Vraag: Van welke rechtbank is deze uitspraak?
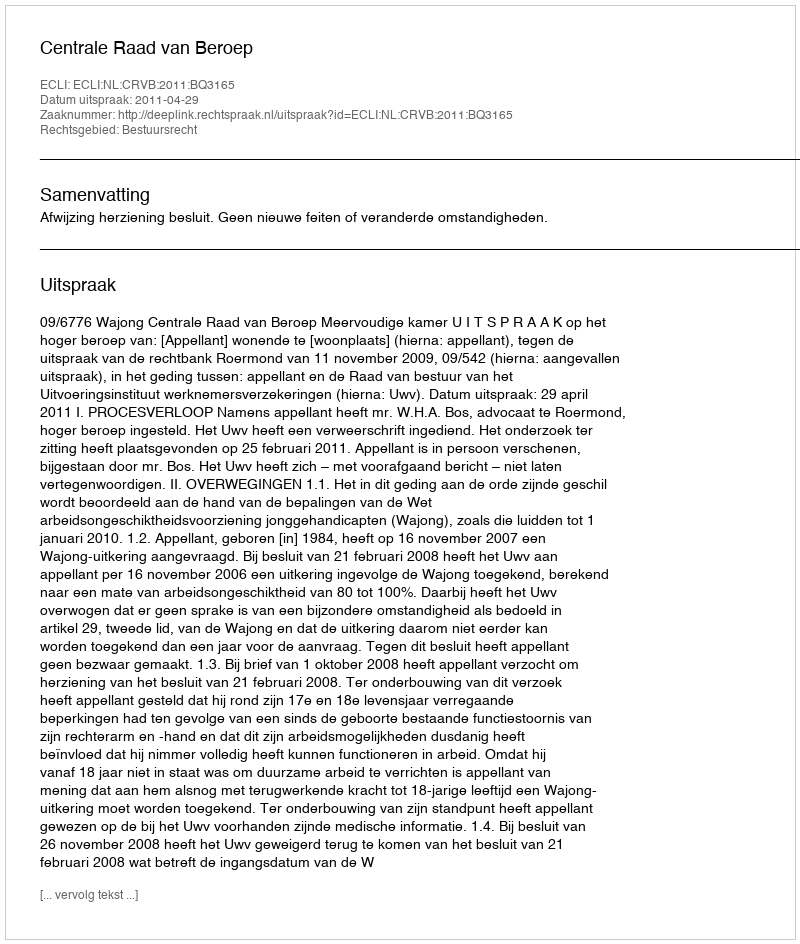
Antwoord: Centrale Raad van Beroep